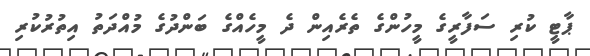
ޕާޓީ ކުރި ސަފާރީގެ މީހުންގެ ތެރެއިން ދެ މީހެއްގެ ބަންދުގެ މުއްދަތު އިތުރުކުރިި